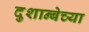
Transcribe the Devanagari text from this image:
दुशान्बेच्या